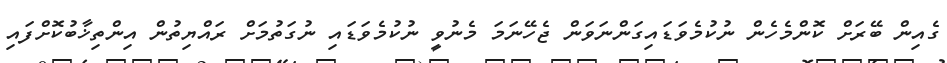
ގެއިން ބޭރަށް ކޮންމެހެން ނުކުމެވަޑައިގަންނަވަން ޖެހޭނަމަ މެނުވީ ނުކުމެވަޑައި ނުގަތުމަށް ރައްޔިތުން އިންތިޚާބުކޮށްފައި